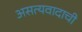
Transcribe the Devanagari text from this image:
असत्यवादाची